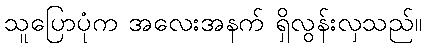
သူပြောပုံက အလေးအနက် ရှိလွန်းလှသည်။